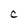
Character: C